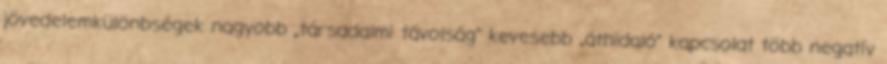
jövedelemkülönbségek nagyobb „társadalmi távolság” kevesebb „áthidaló” kapcsolat több negatív